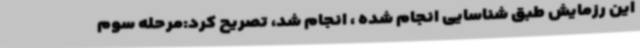
این رزمایش طبق شناسایی انجام شده ، انجام شد، تصریح کرد:مرحله سوم